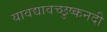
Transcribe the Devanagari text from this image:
यावद्यावच्छुष्कनदी